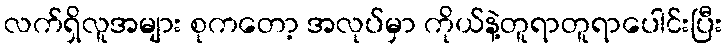
လက်ရှိလူအများ စုကတော့ အလုပ်မှာ ကိုယ်နဲ့တူရာတူရာပေါင်းပြီး